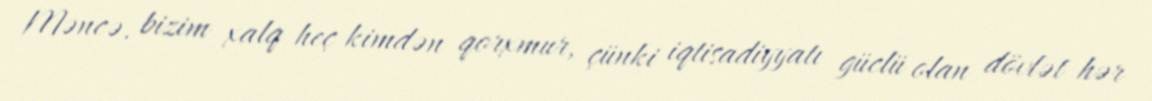
Məncə, bizim xalq heç kimdən qorxmur, çünki iqtisadiyyatı güclü olan dövlət hər